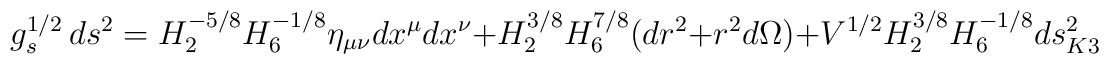
g_s^{1/2}\,ds^2 = H_2^{-5/8} H_6^{-1/8} \eta_{\mu\nu} dx^\mu dx^\nu +H_2^{3/8} H_6^{7/8} (dr^2 + r^2 d\Omega) + V^{1/2}H_2^{3/8} H_6^{-1/8} ds^2_{K3}